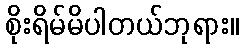
စိုးရိမ်မိပါတယ်ဘုရား။